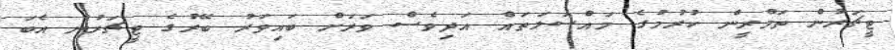
ޓީޗަރުން ތަމްރީން ކުރުމުގެ މައްސަލަތައް އަދިވެސް ވަރަށް ބައިވަރު ބޭރުގެ ޓީޗަރުން އެބަ